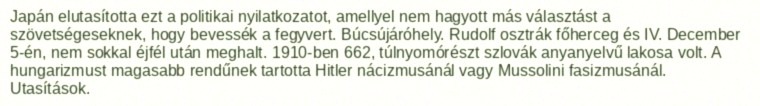
Japán elutasította ezt a politikai nyilatkozatot, amellyel nem hagyott más választást a szövetségeseknek, hogy bevessék a fegyvert. Búcsújáróhely. Rudolf osztrák főherceg és IV. December 5-én, nem sokkal éjfél után meghalt. 1910-ben 662, túlnyomórészt szlovák anyanyelvű lakosa volt. A hungarizmust magasabb rendűnek tartotta Hitler nácizmusánál vagy Mussolini fasizmusánál. Utasítások.